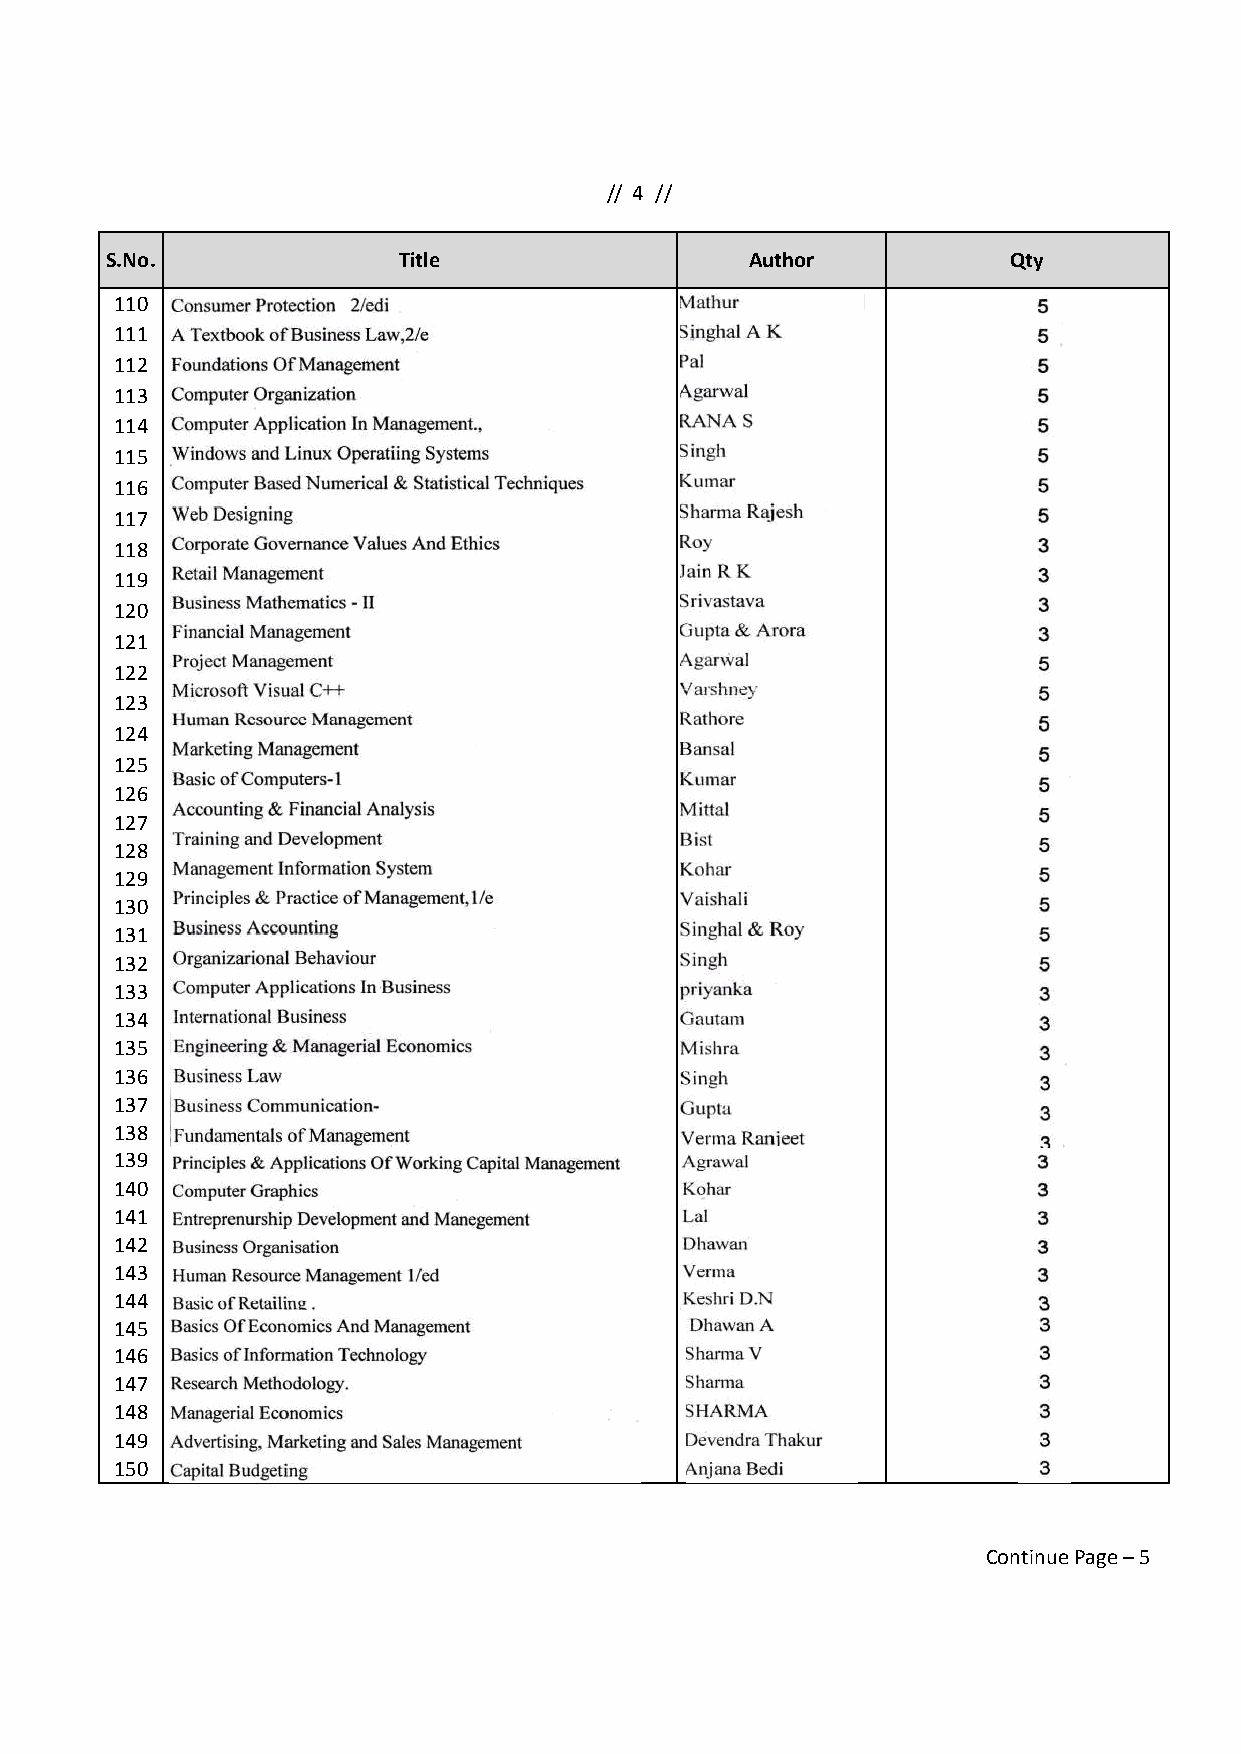
// 4 //
 S.No.              Title                   Author           Qty
 110
 111
 112
 113
 114
 115
 116
 117
 118
 119
 120
 121
 122
 123
 124
 125
 126
 127
 128
 129
 130
 131
 132
 133
 134
 135
 136
 137
 138
 139
 140
 141
 142
 143
 144
 145
 146
 147
 148
 149
 150
 Continue Page – 5